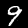
Digit: 9